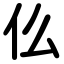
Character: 仫